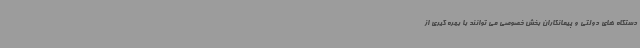
دستگاه های دولتی و پیمانکاران بخش خصوصی می توانند با بهره گیری از